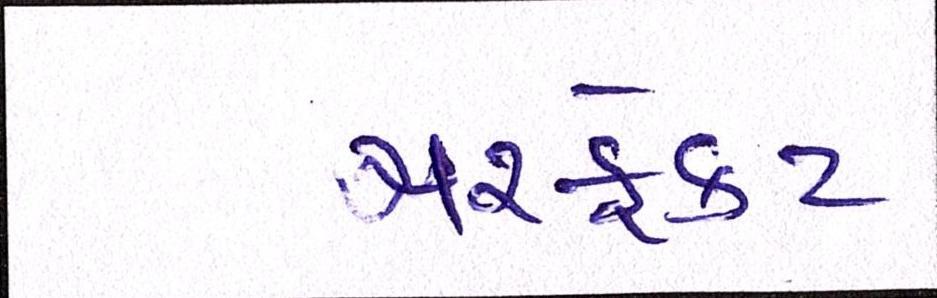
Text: પરફેક્ટ